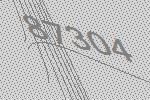
87304